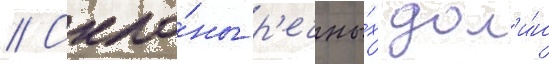
// Скло́ны р'ечны́х дол'и́н